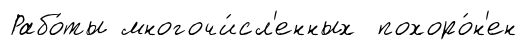
Рабо́ты многочи́сл'енных похоро́н'ен